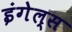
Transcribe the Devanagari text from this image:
इंगेल्स